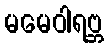
မမေဝါရဗ္ဘ